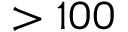
> 1 0 0